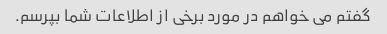
گفتم می خواهم در مورد برخی از اطلاعات شما بپرسم.